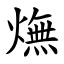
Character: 㷻